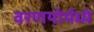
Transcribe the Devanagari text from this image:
वरणयोर्मध्ये